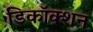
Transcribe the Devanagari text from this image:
डिकॉक्शन